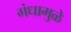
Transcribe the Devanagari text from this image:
गंधामुळे